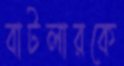
বাটলারকে